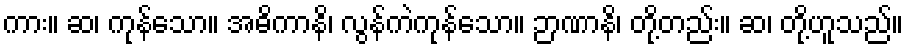
ကား။ ဆ၊ ကုန်သော။ အဓိကာနိ၊ လွန်ကဲကုန်သော။ ဉာဏာနိ၊ တို့တည်း။ ဆ၊ တို့ဟူသည်။